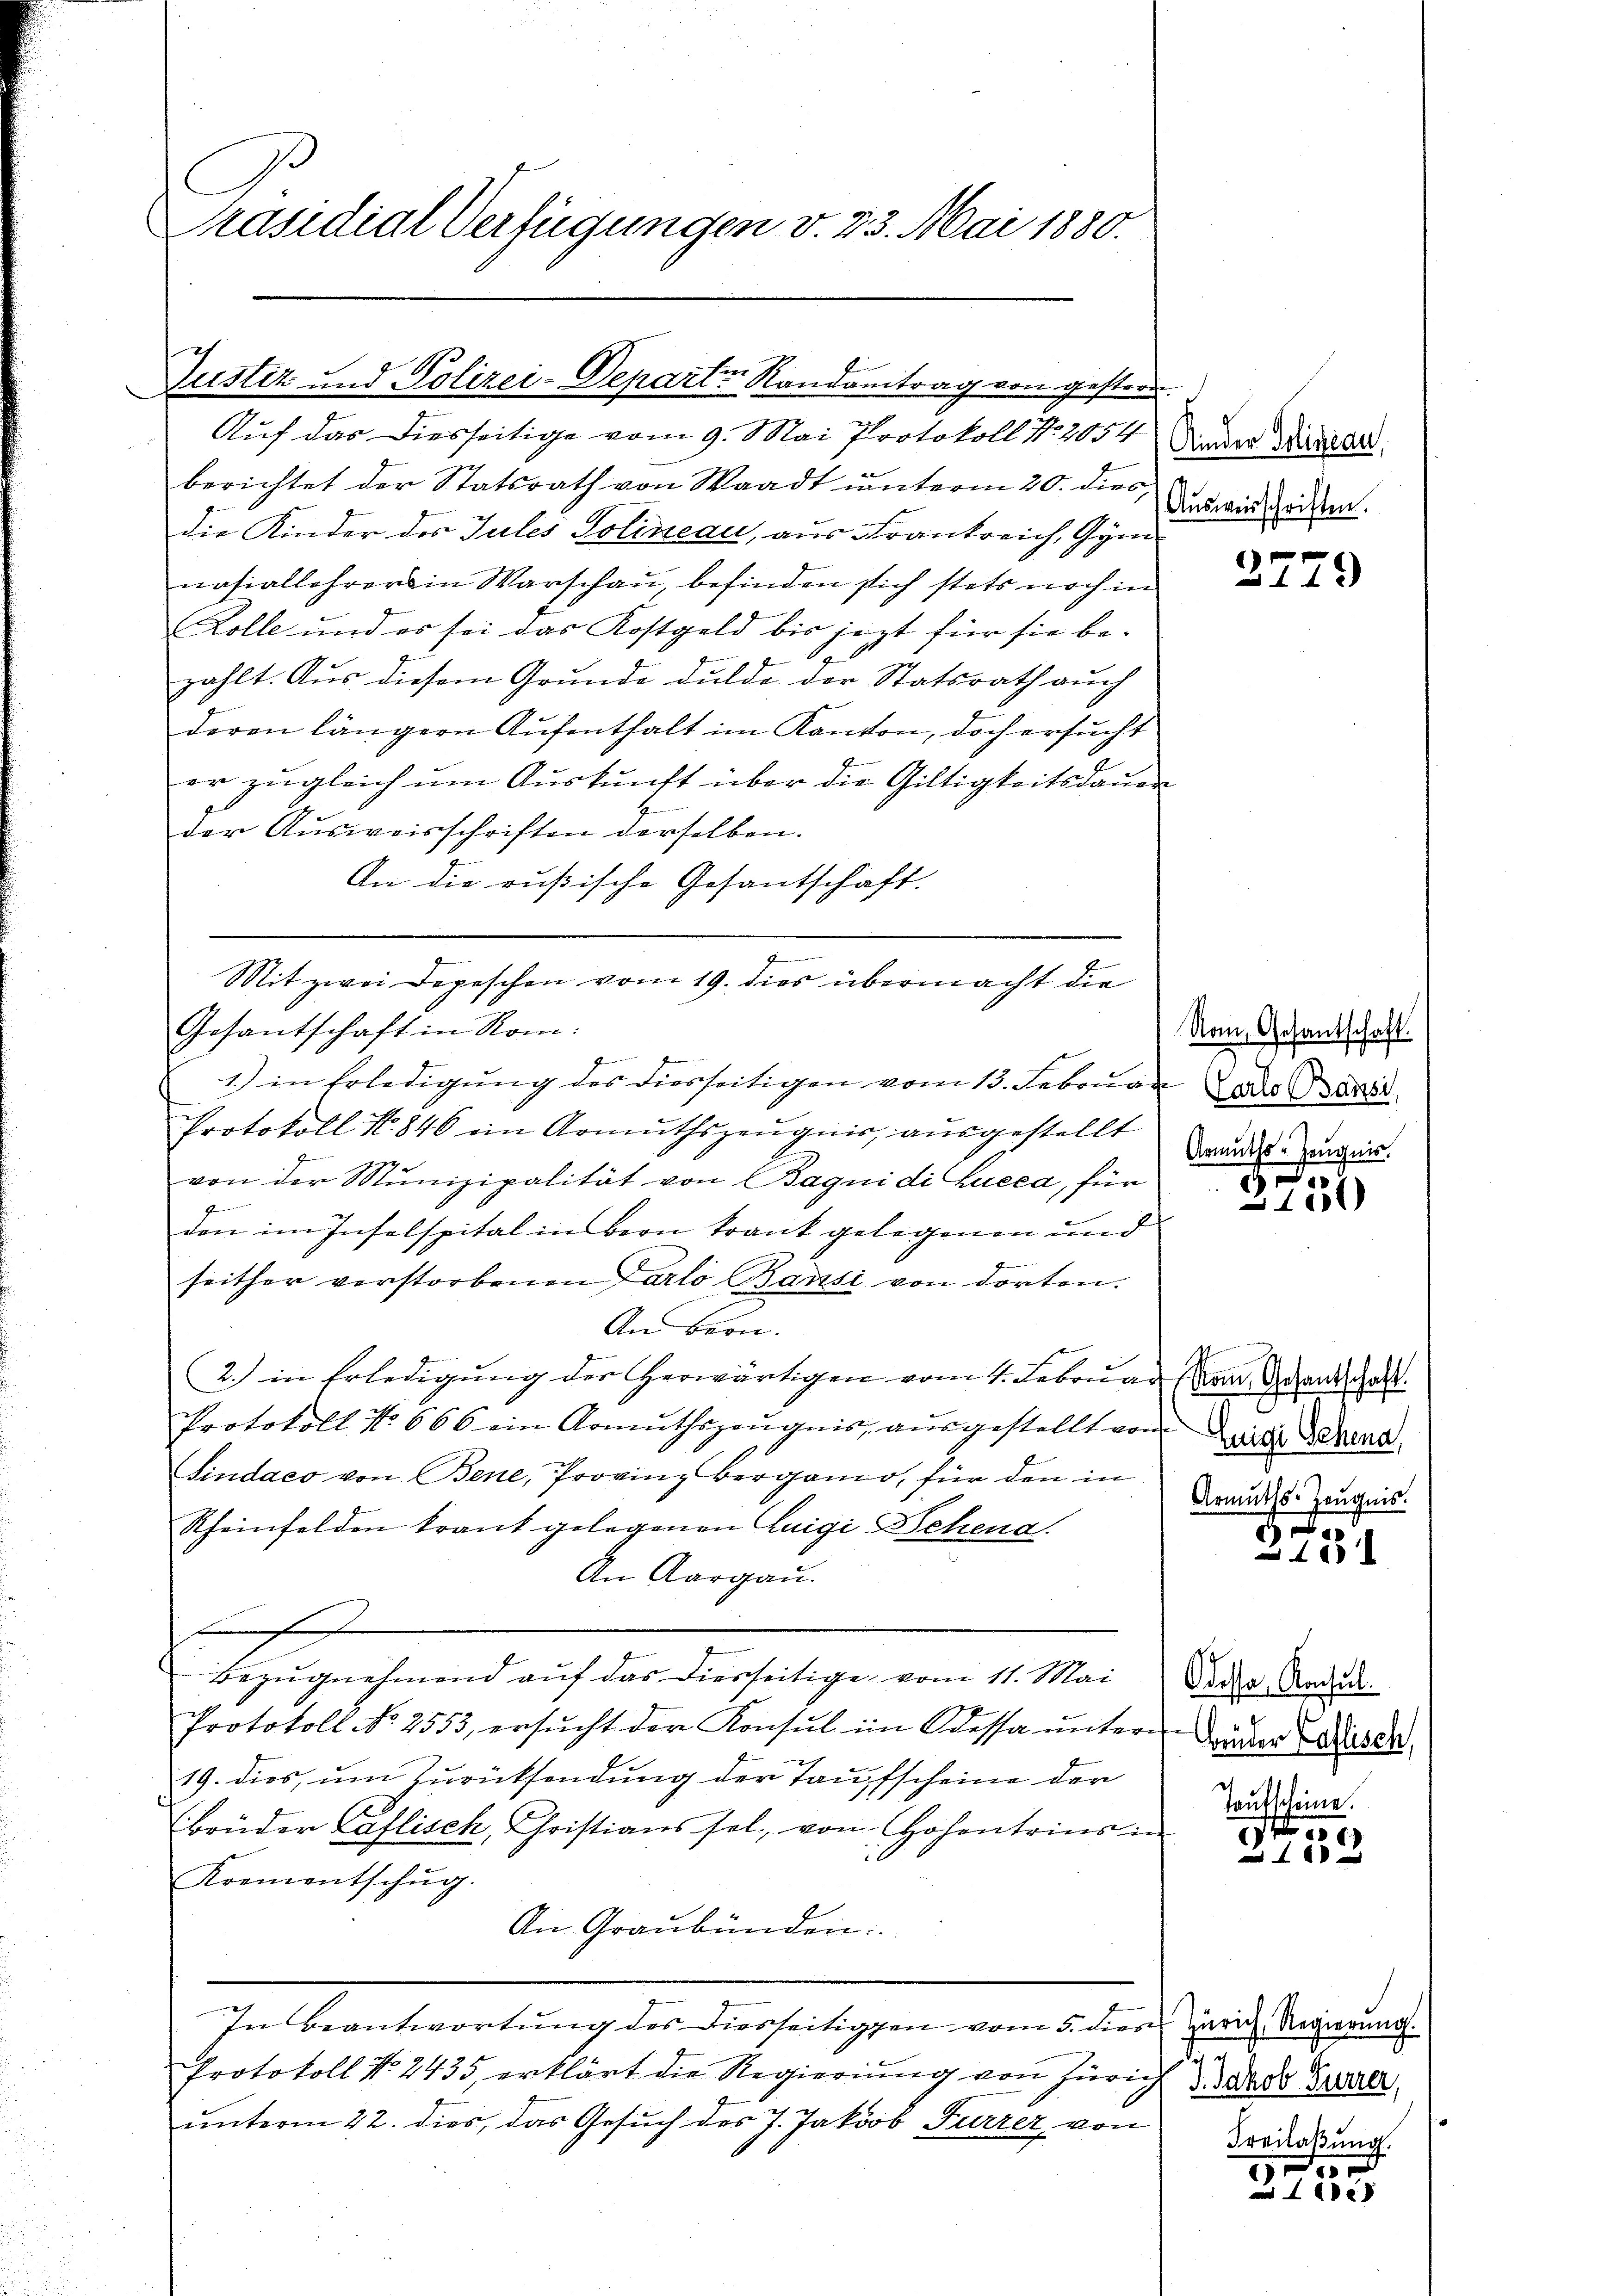
C
Präsidial-Verfügungen v. 23. Mai 1880.

Justiz und Polizei-Departe Randantrag von gestern.
Auf das diesseitige vom 9. Mai Protokoll No 2054 Nieder Wisard

berichtet der Statsrath von Waadt unterm 20. dies,
die Kinder des Jules Solineau, aus Frankreich, Gymnasiallehrers in Warschau, befinden sich stets noch in
Kolle und es sei das Kostgeld bis jezt für sie be-
zahlt. Aus diesem Grunde dulde der Statsrath auch
deren längern Aufenthalt im Kanton, doch ersucht
er zugleich um Auskunft über die Giltigkeitsdauer
der Ausweisschriften derselben.
An die russische Gesantschaft.
Gesantschaft in Rom:
vereite
1.) in Erledigung des diesseitigen vom 13. Februar ds Bart
Protokoll N. 846 ein Armuthszeŭgnis, ausgestellt
von der Munizipalität von Bagni di Lucca, für
den im Inselspital in Bern trank gelegenen und
seither verstorbenen Parlo Bansi von dorten.
An Bern.
2.) in Erledigung der herwärtigen vom 1. Februar von Grand Gast
Protokoll No 666 ein Armuthszeŭgnis, aŭsgestellt von die Sehend
Sindaco von Bene, Provinz verganio, für den in
Rheinfelden trant gelegenen Luigi Behend.
An Aargau.
t
Bezŭgnehmend aŭf das diesseitige vom 11. Mai
Protokoll No 2553, ersŭcht der Konsul im Kassa ŭnter-Bruder Ausdr
19. dies, um Zurücksendung der Taufscheine der
Brüder Kaflisch, Christians sel. von Hohentrins in
Krementschŭg.
An Graubünden:
In Beantwortŭng des Diesseitigen vom 5. dies Zürich. Regierung.
Protokoll No. 2435, erklärt die Regierung von Zürich
unterm 22. dies, das Gesuch des J. Jakob Furrer, von

Mit zwei Depeschen vom 19. dies übermacht die

Ausweisschriften.

xx
14.

Nom, Gesantschaft.
Armuths-Zeugnis.

.
310)

Armuths-Zeugnis.

d
.
180

Odessa, Konsul

u
 40 x

5. Jakob Furrer,
Freilaßung.

G
e